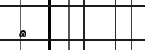
٩